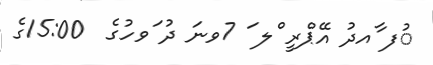
ުފ ާއދު އޭޕްރީ ްލ ަ 7ވނަ ދު ަވހުގެ  15:00ގެ